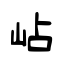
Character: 岾